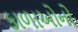
કાળાઓનો